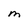
Character: m